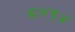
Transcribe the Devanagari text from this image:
८४१४